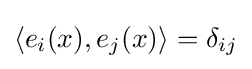
\langle e_{i}(x),e_{j}(x)\rangle =\delta _{ij}